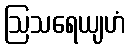
ဩသရေယျဟံ